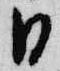
日